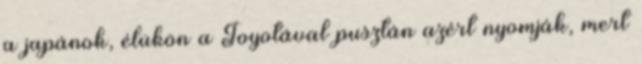
a japánok, élükön a Toyotával pusztán azért nyomják, mert